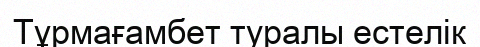
Тұрмағамбет туралы естелік